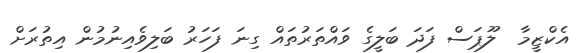
އެކްޒީމާ  ލޫޕަސް ފަދަ ބަލީގެ ވައްތަރުތައް ގިނަ ފަހަރު ބަލިވެއިނުމުން އިތުރަށް